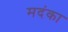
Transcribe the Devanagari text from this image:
मदंका